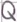
Text: Q